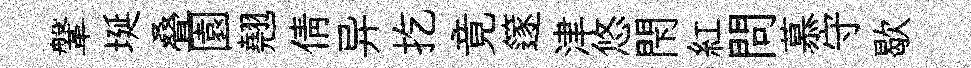
鞶埏叠園翹倩异扢竟篴津悠閇紅問慕守歇